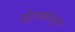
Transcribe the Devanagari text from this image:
ढ़ोलकीनुमा